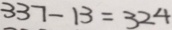
3 3 7 - 1 3 = 3 2 4